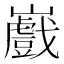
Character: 𭗲